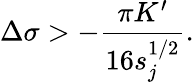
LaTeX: \Delta\sigma>-\frac{\pi K^{\prime}}{16s_{j}^{1/2}}.